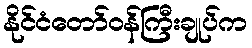
နိုင်ငံတော်ဝန်ကြီးချုပ်က